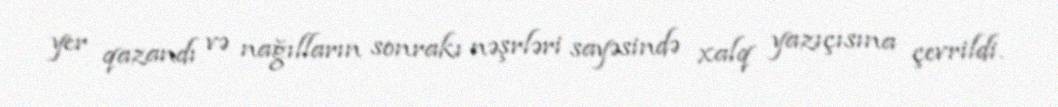
yer qazandı və nağılların sonrakı nəşrləri sayəsində xalq yazıçısına çevrildi.